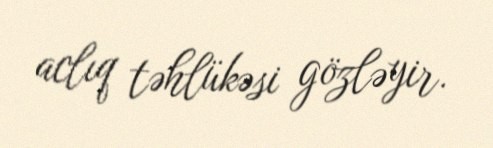
aclıq təhlükəsi gözləyir.